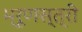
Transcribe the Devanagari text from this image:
भ्रूणस्त्री